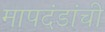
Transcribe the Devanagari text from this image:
मापदंडांची